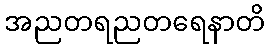
အညတရညတရေနာတိ